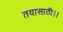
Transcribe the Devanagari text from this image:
तयासाठी।।